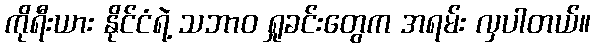
ကိုရီးယား နိုင်ငံရဲ့ သဘာဝ ရှုခင်းတွေက အရမ်း လှပါတယ်။